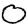
Digit: 0